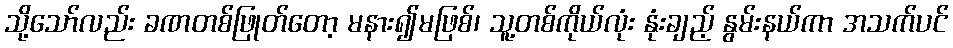
သို့သော်လည်း ခဏတစ်ဖြုတ်တော့ မနား၍မဖြစ်၊ သူ့တစ်ကိုယ်လုံး နုံးချည့် နွမ်းနယ်ကာ အသက်ပင်